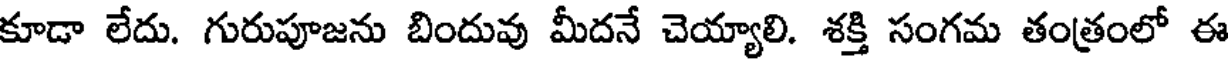
కూడా లేదు. గురుపూజను బిందువు మీదనే చెయ్యాలి. శక్తి సంగమ తంత్రంలో ఈ